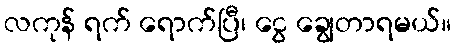
လကုန် ရက် ရောက်ပြီ၊ ငွေ ချွေတာရမယ်။